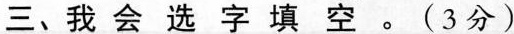
三、我会选字填空。(3分)